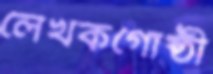
লেখকগোষ্ঠী